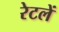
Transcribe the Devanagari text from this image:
रेटलें